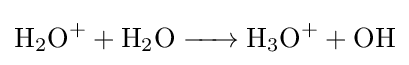
{\ce {H2O+ + H2O -> H3O+ + OH}}